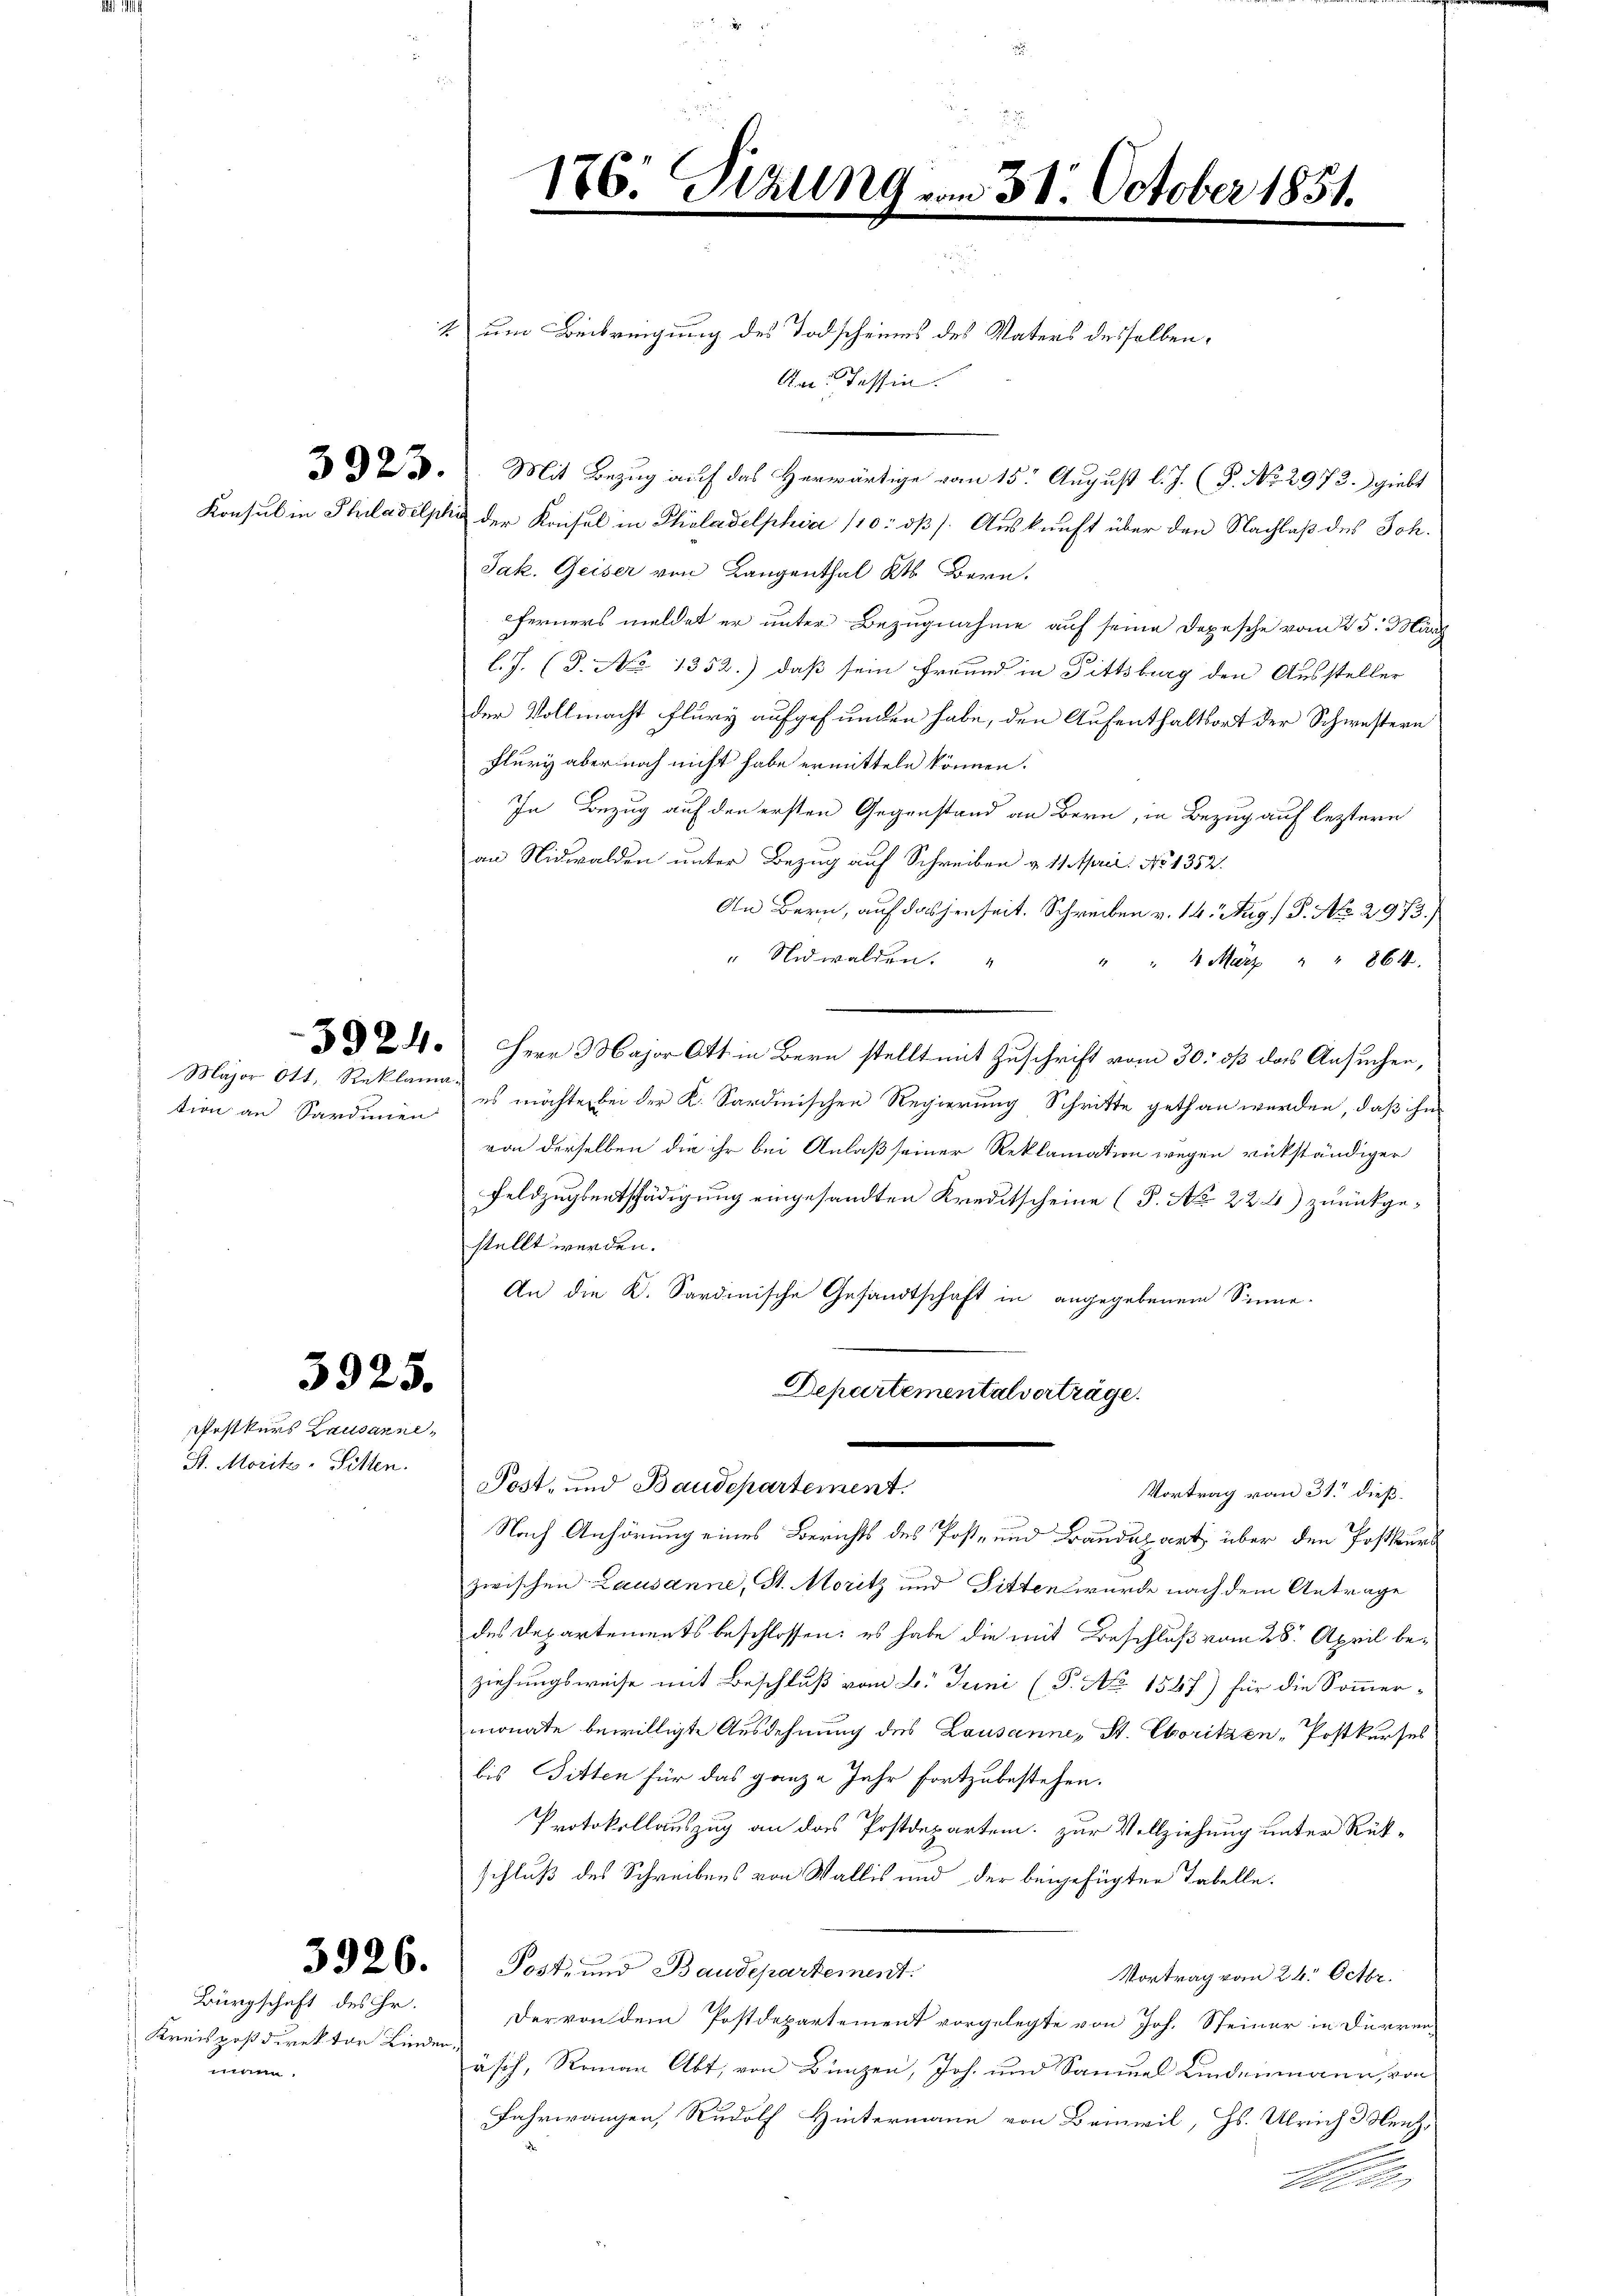
Major Ott, Reklama-

5925.

Postkurs Lausanne,
St. Moritz-Sitten.

Bürgschaft des ihr.
Kreispostdirektor Kinden,
mann.

4) um Beibreigung des Todscheines des Vaters desselben,
An Tessin.
23. Mit Bezug auf das Herwärtige vom 15. August l. J. (T. No. 2972. giebt
Konsul in Philadelphi der Konsul in Philadelphia 110. dß. Auskunft über den Nachlaß des Joh.
Jak. Geiser von Langenthal Kt. Bern,
ferners meldet er unter Bezugnahme auf seine Depesche vom 25. März
l.J. (3. No 1352.) daß sein Freund in Fittsburg den Aussteller
der Vollmacht Flury aufgefunden habe, den Aufenthaltsort der Schwestern
Flury aber noch nicht habe ermitteln können.
In Bezug auf den ersten Gegenstand an Bern, in Bezug auf leztern
an Nidwalden unter Bezug auf Schreiben u. 11. April: No 1352.
An Bern, auf das jenseit. Schreiben v. 14. Aug. / P. No. 2973.)
" Nidwalden.
" " 4 März " " 864.
2.) Herr Major Ott in Bern stellt mit Zuschrift vom 30. dß das Ansuchen,
tion an Sardinien es möchte bei der K. Sardinischen Regierung Schritte gethan werden, daß ihn
von derselben die ihr bei Anlaß seiner Reklamation wegen rückständiger
Feldzugsentschädigung eingesandten Kreditscheine (T. No 22 2) zurückgestellt werden.
An die K. Sardinische Gesandtschaft in angegebenem Sinne.
Departementalverträge.
Post- und Baudepartement.
Vortrag vom 31. dieß
Nach Anhörung eines Berichts des Post- und Baudepart über den Postkurs
zwischen Lausanne, St. Moritz und Pitten wurde nach dem Antrage
des Departements beschlossen: es habe die mit Beschluß vom 28. April beziehungsweise mit Beschluß vom 6. Juni (P. No. 1547) für die Sommer-
monate bewilligte Ausdehnung des Lausanne, St. Choritzen-Postkurses
bis Bitten für das ganze Jahr fortzubestehen.
Protokollauszug an das Postdepartem zur Vollziehung unter Rükschluß des Schreibens von Wallis und der beigefügten Tabelle.
3926. Post und Baudepartement
Vortrag vom 26. Octbr.
Der von dem Postdepartement vorgelegte von Joh. Steiner in Dürren
äsch, Roman Abt von Bünzen, Joh. und Samuel Lindenmann, von
Fahrwangen, Rudolf Hintermann von Beinwil, Hs. Ulrich Menz
Abe

176. Sizung.

31. October 1851.